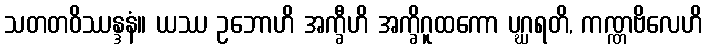
သတတဝိဿန္ဒနံ။ ယဿ ဥဘောဟိ အက္ခီဟိ အက္ခိဂူထကော ပဂ္ဃရတိ, ကဏ္ဏဗိလေဟိ